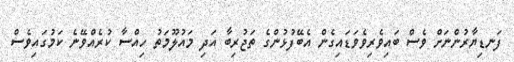
ފަނޑިޔާރުންނަށް ވެސް ބައިވެރިވެވަޑައިގެން އެބޭފުޅުންގެ ތަޖުރިބާ އަދި މައުލޫމަތު ހިއްސާ ކުރެއްވޭނެ ކަމުގައިވެސް